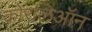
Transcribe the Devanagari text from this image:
कोरलिऑन